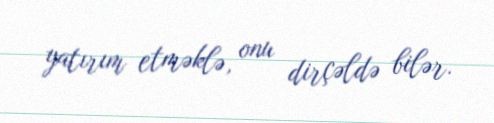
yatırım etməklə, onu dirçəldə bilər.